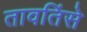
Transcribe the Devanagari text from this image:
तावतिंसे